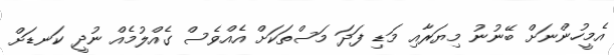
އެމީހުންނަށް ބޭނުނު މިޔަރާއި މަޑި ފަދަ މަސްތަކަށް އެއްވެސް ގެއްލުމެއް ނުދީ ކަނޑަށް